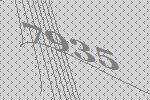
7935